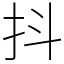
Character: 抖